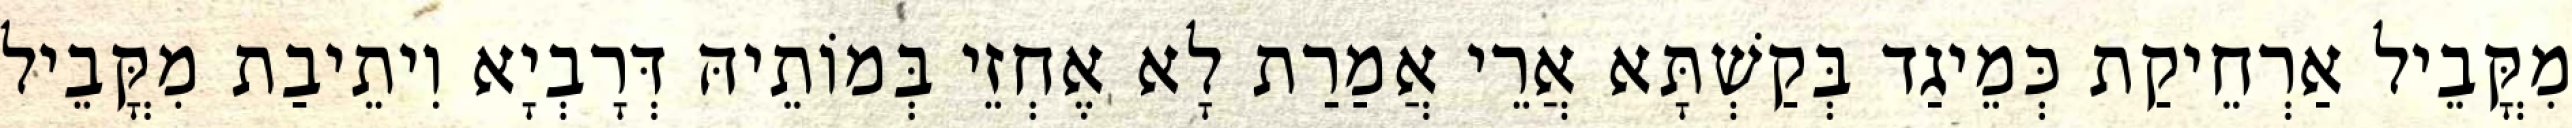
מִקֳּבֵיל אַרְחֵיקַת כְּמֵיגַד בְּקַשְׁתָּא אֲרֵי אֲמַרַת לָא אֶחְזֵי בְּמוֹתֵיהּ דְּרָבְיָא וִיתֵיבַת מִקֳּבֵיל